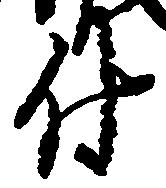
付